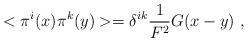
\begin{align*}< \pi^{i}(x) \pi^{k}(y) > = \delta^{ik} \frac{1}{F^{2}} G (x-y) \ ,\end{align*}